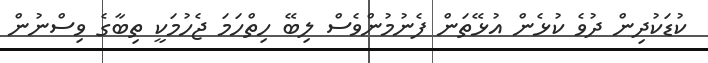
ކުޑަކުދިން ދުވެ ކުޅެން އުޅޭތަން ފެނުމުންވެސް ލިބޭ ހިތްހަމަ ޖެހުމަކީ ތިބާގެ ވިސްނުން